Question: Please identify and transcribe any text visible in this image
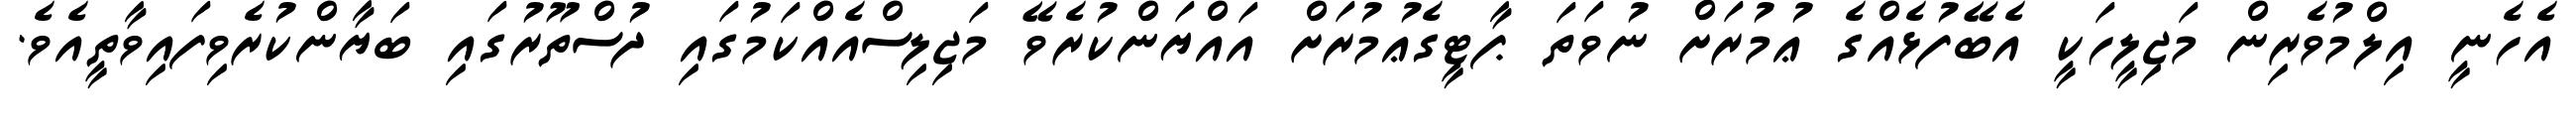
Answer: އެހެނީ އިލްމުވެރިން މަޖިލީހަކީ އެބޭފުޅެއްގެ ޢުމުރަށް ނުވަތަ ޕާޓީގެޢުމުރަށް އައްޔަންކުރެވޭ މަޖިލިސްއެއްކަމުގައި ދުސްތޫރުގައި ބަޔާންކުރެވިފައިވާތީއެވެ.